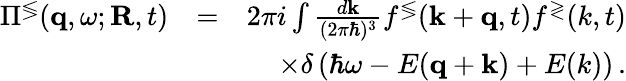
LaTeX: \begin{array}{rlr}{\Pi^{\lessgtr}({\mathbf q},\omega;{\mathbf R},t)}&{=}&{2\pi i\int\frac{d{\mathbf k}}{(2\pi\hbar)^{3}}f^{\lessgtr}({\mathbf k}+{\mathbf q},t)f^{\gtrless}(k,t)}\\ &{}&{\times\delta\left(\hbar\omega-E({\mathbf q}+{\mathbf k})+E(k)\right)\, .}\end{array}